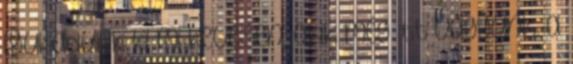
lyukadunk ki mi kevesen, akik még itt vagyunk. a